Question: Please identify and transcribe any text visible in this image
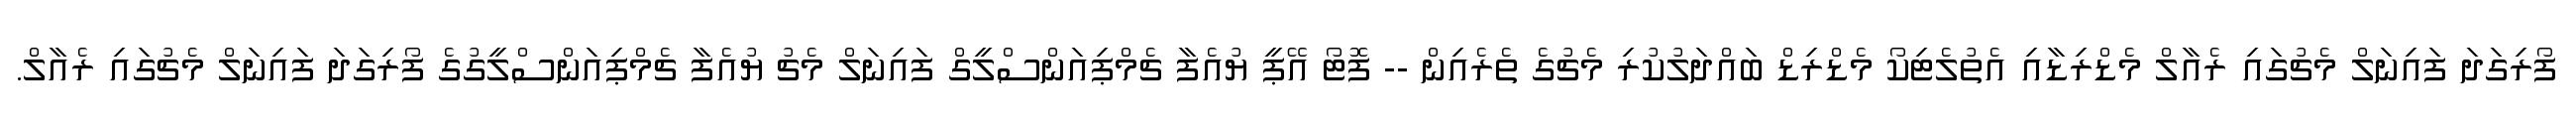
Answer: ފޯރިގަދަ ފައިނަލް މެޗުގައި ރެއާލް މެޑްރިޑާއި އެތުލެޓިކޯ މެޑްރިޑް ބައްދަލުކުރި މެޗުގެ ތެރެއިން -- ފޮޓޯ އޭޕީ ޔުއެފާ ޗެމްޕިއަންސްލީގް ފައިނަލް މެޗު ޔުއެފާ ޗެމްޕިއަންސްލީގުގެ ފޯރިގަދަ ފައިނަލް މެޗުގައި ރެއާލް.